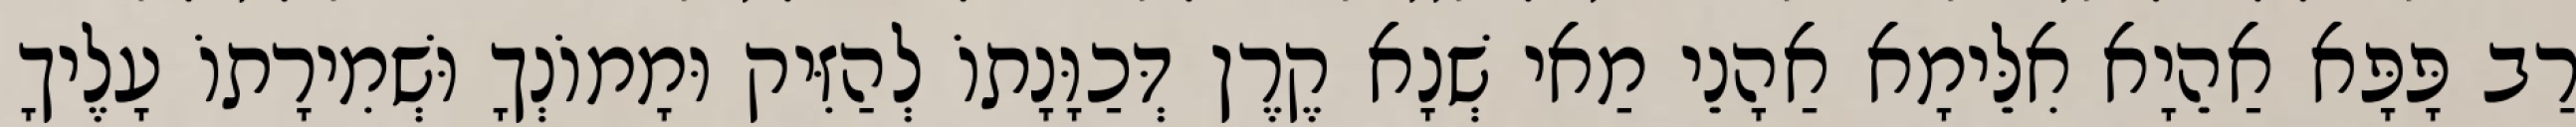
רַב פָּפָּא אַהֵיָא אִלֵּימָא אַהָנֵי מַאי שְׁנָא קֶרֶן דְּכַוָּנָתוֹ לְהַזִּיק וּמָמוֹנְךָ וּשְׁמִירָתוֹ עָלֶיךָ